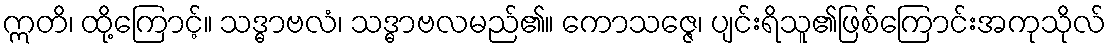
ဣတိ၊ ထို့ကြောင့်။ သဒ္ဓာဗလံ၊ သဒ္ဓာဗလမည်၏။ ကောသဇ္ဇေ၊ ပျင်းရိသူ၏ဖြစ်ကြောင်းအကုသိုလ်